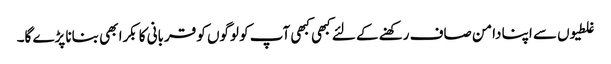
غلطیوں سے اپنا دامن صاف رکھنے کے لئے کبھی کبھی آپ کو لوگوں کو قربانی کا بکرا بھی بنانا پڑے گا۔